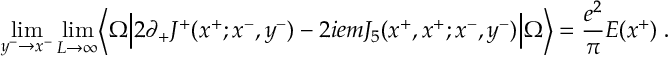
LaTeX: \operatorname * { l i m } _ { y ^ { - } \rightarrow x ^ { - } } \operatorname * { l i m } _ { L \rightarrow \infty } \Bigl \langle \Omega \Bigl \vert 2 \partial _ { + } J ^ { + } ( x ^ { + } ; x ^ { - } , y ^ { - } ) - 2 i e m J _ { 5 } ( x ^ { + } , x ^ { + } ; x ^ { - } , y ^ { - } ) \Bigr \vert \Omega \Bigr \rangle = { \frac { e ^ { 2 } } { \pi } } E ( x ^ { + } ) \; .